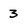
Character: 3